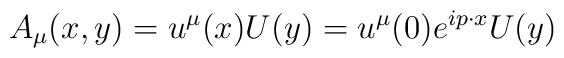
A_{\mu}(x,y)=u^{\mu}(x)U(y)=u^{\mu}(0)e^{ip\cdot x}U(y)